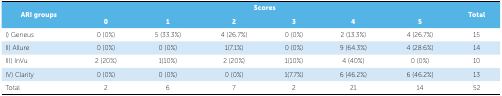
<table><thead><tr><td rowspan="2"><b>ARI groups </b></td><td colspan="6"><b>Scores </b></td><td rowspan="2"><b>Total</b></td></tr><tr><td><b>0</b></td><td><b>1</b></td><td><b>2</b></td><td><b>3</b></td><td><b>4</b></td><td><b>5</b></td></tr></thead><tbody><tr><td>I) Geneus</td><td>0 (0%)</td><td>5 (33.3%)</td><td>4 (26.7%)</td><td>0 (0%)</td><td>2 (13.3%)</td><td>4 (26.7%)</td><td>15</td></tr><tr><td>II) Allure</td><td>0 (0%)</td><td>0 (0%)</td><td>1(7.1%)</td><td>0 (0%)</td><td>9 (64.3%)</td><td>4 (28.6%)</td><td>14</td></tr><tr><td>III) InVu</td><td>2 (20%)</td><td>1(10%)</td><td>2 (20%)</td><td>1(10%)</td><td>4 (40%)</td><td>0 (0%)</td><td>10</td></tr><tr><td>IV) Clarity</td><td>0 (0%)</td><td>0 (0%)</td><td>0 (0%)</td><td>1(7.7%)</td><td>6 (46.2%)</td><td>6 (46.2%)</td><td>13</td></tr><tr><td>Total</td><td>2</td><td>6</td><td>7</td><td>2</td><td>21</td><td>14</td><td>52</td></tr></tbody></table>